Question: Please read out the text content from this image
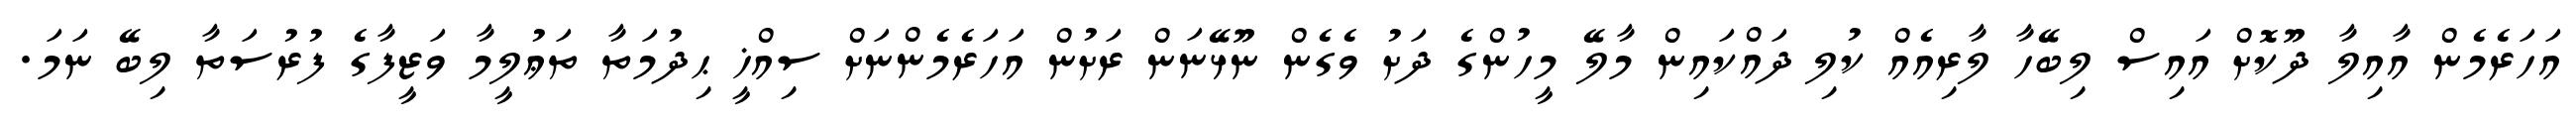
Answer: އަހަރެމެން އާއިލާ ދޫކޮށް އައިސް ލިބޭހާ ލާރިއެއް ކުލި ދައްކައިން މާލޭ މީހުންގެ ދަށު ވެގެން ނޫޅޭނަން ރަށުން އަހަރެމެންނަށް ސިއްޚީ ޙިދުމަތާ ތަޢުލީމާ ވަޒީފާގެ ފުރުސަތާ ލިބޭ ނަމަ.